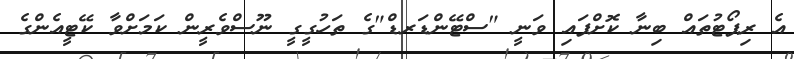
އެ ރިޕޯޓުތައް ބިނާ ކޮށްފައި ވަނީ "ސްޓޭންޑަރޑް"ގެ ތަހުގީގީ ނޫސްވެރީން ކަމަށްވާ ކޭޓީއެންގެ